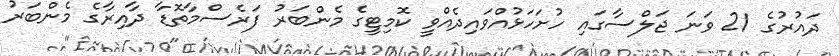
ދައުރުގެ 21 ވަނަ ޖަލްސާގައި ހުށަހަޅުއްވައިދެއްވީ ކޮމިޓީގެ މެންބަރު ފަރެސްމާތޮޑާ ދާއިރާގެ މެންބަރު